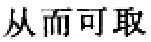
从而可取